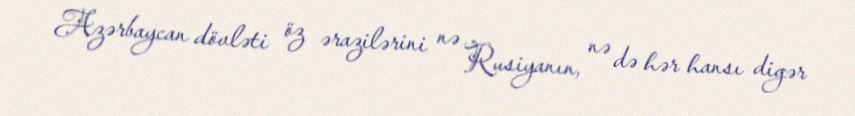
Azərbaycan dövləti öz ərazilərini nə Rusiyanın, nə də hər hansı digər